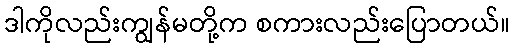
ဒါကိုလည်းကျွန်မတို့က စကားလည်းပြောတယ်။